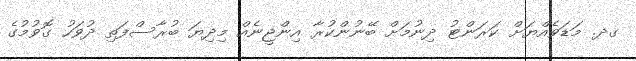
ގދ. މަޑަވެއްޔަށް ކަރަންޓު ދިނުމަށް ބޭނުންކުރާ އިންޖީނެއް މިދިޔަ ބުރާސްފަތި ދުވަހު ގޮވުމުގެ